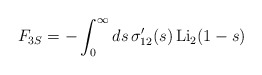
\begin{align*}F_{3S}=-\int_0^\infty ds\,\sigma^\prime_{12}(s)\,{\rm Li}_2(1-s)\end{align*}